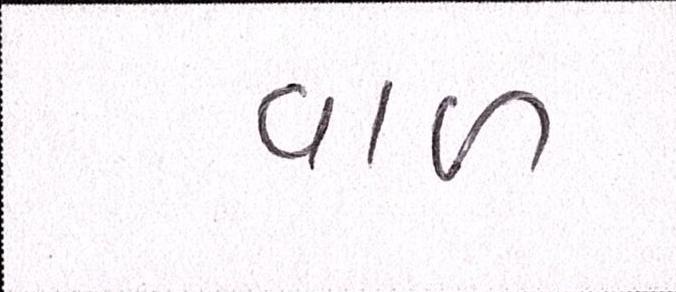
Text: વાળ